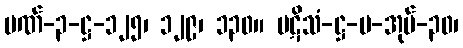
ပဏ်-၃-ဋ္ဌ-၁၂၅၊ ၁၂၉၊ ၁၃၀။ ပဋိသံ-ဋ္ဌ-ပ-အုပ်-၃၀၊